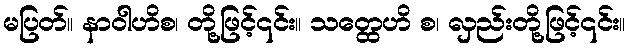
မပြတ်။ နာဝါဟိစ၊ တို့ဖြင့်၎င်း။ သတ္ထေဟိ စ၊ လှည်းတို့ဖြင့်၎င်း။